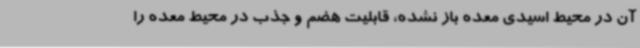
آن در محیط اسیدی معده باز نشده، قابلیت هضم و جذب در محیط معده را